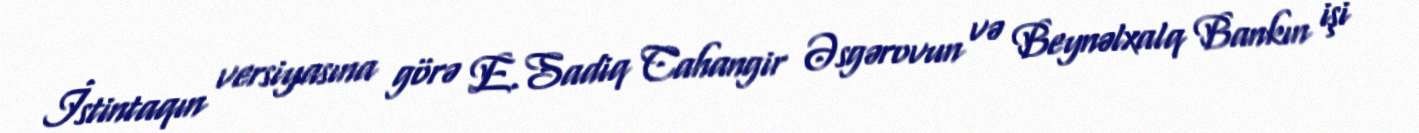
İstintaqın versiyasına görə E.Sadiq Cahangir Əsgərovun və Beynəlxalq Bankın işi